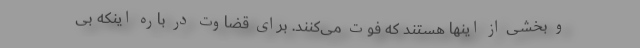
و بخشی از اینها هستند که فوت می‌کنند. برای قضاوت در باره اینکه بی